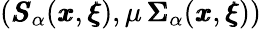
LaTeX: ({\pmb S}_{\alpha}({\pmb x},{\pmb\xi}),\mu\, {\pmb\Sigma}_{\alpha}({\pmb x},{\pmb\xi}))